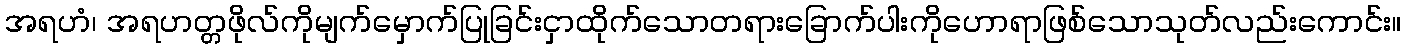
အရဟံ၊ အရဟတ္တဖိုလ်ကိုမျက်မှောက်ပြုခြင်းငှာထိုက်သောတရားခြောက်ပါးကိုဟောရာဖြစ်သောသုတ်လည်းကောင်း။